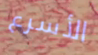
الأسرع